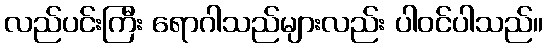
လည်ပင်းကြီး ရောဂါသည်များလည်း ပါဝင်ပါသည်။